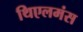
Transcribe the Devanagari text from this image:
थिएलमंस